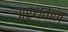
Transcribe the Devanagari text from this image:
अर्थवान्